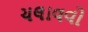
ચલાવવો